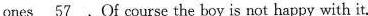
ones \underline{57} .Of course the boy is not happy with it.